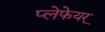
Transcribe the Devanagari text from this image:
प्लेफेयर्